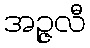
အဉ္ဇလီ